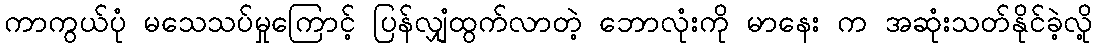
ကာကွယ်ပုံ မသေသပ်မှုကြောင့် ပြန်လျှံထွက်လာတဲ့ ဘောလုံးကို မာနေး က အဆုံးသတ်နိုင်ခဲ့လို့